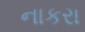
નાકરા